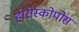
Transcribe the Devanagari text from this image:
होरोस्कोपोस